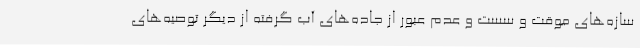
سازه‌های موقت و سست و عدم عبور از جاده‌های آب‌ گرفته از دیگر توصیه‌های